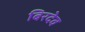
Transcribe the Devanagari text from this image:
बिरदेव